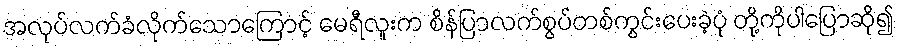
အလုပ်လက်ခံလိုက်သောကြောင့် မေရီလူးက စိန်ပြာလက်စွပ်တစ်ကွင်းပေးခဲ့ပုံ တို့ကိုပါပြောဆို၍